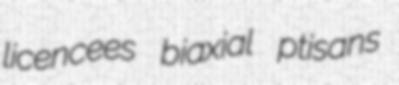
licencees biaxial ptisans